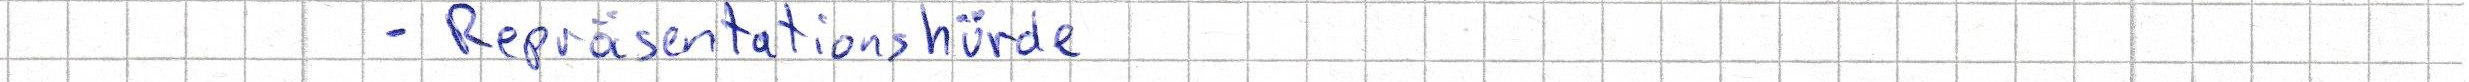
- Repräsentationshürde